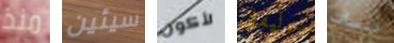
منذ سيئين لأكون سوليفان بنسات